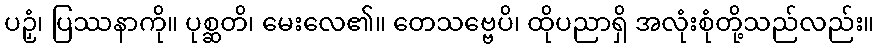
ပဉှံ၊ ပြဿနာကို။ ပုစ္ဆတိ၊ မေးလေ၏။ တေသဗ္ဗေပိ၊ ထိုပညာရှိ အလုံးစုံတို့သည်လည်း။